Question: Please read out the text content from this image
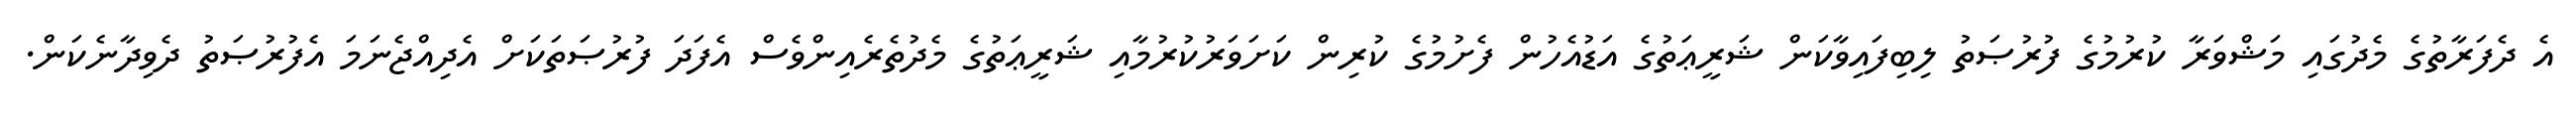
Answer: އެ ދެފަރާތުގެ މެދުގައި މަޝްވަރާ ކުރުމުގެ ފުރުޞަތު ލިބިފައިވާކަން ޝަރީޢަތުގެ އަޑުއެހުން ފެށުމުގެ ކުރިން ކަށަވަރުކުރުމާއި ޝަރީޢަތުގެ މެދުތެރެއިންވެސް އެފަދަ ފުރުޞަތަކަށް އެދިއްޖެނަމަ އެފުރުޞަތު ދެވިދާނެކަން.